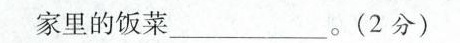
家里的饭菜___。(2分)